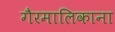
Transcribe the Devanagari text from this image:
गैरमालिकाना